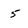
Character: 5